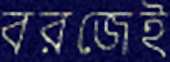
বরজেই